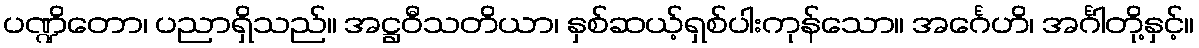
ပဏ္ဍိတော၊ ပညာရှိသည်။ အဋ္ဌဝီသတိယာ၊ နှစ်ဆယ့်ရှစ်ပါးကုန်သော။ အင်္ဂေဟိ၊ အင်္ဂါတို့နှင့်။